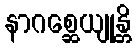
နာဂစ္ဆေယျုန္တိ